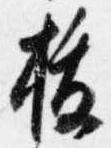
抜